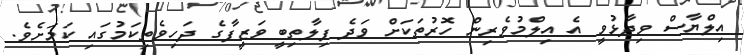
އިލްޔާސް ވިދާޅުވީ އެ އިލްމުވެރިން ހޮރުތަކަށް ވަދެ ފިލާތިބީ ވަޒީފާގެ ދަހިވެތިކަމުގައި ކަމަށެވެ.